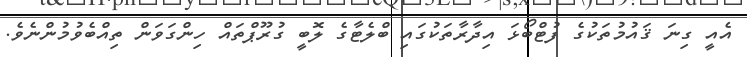
އެއީ ގިނަ ޤައުމުތަކުގެ ފުޓްބޯޅަ އިދާރާތަކުގައި ބްލެޓާގެ ލޮބީ ގުރޫޕްތައް ހިންގަވަން ތިއްބެވުމުންނެވެ.